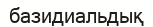
базидиальдық